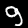
Digit: 9